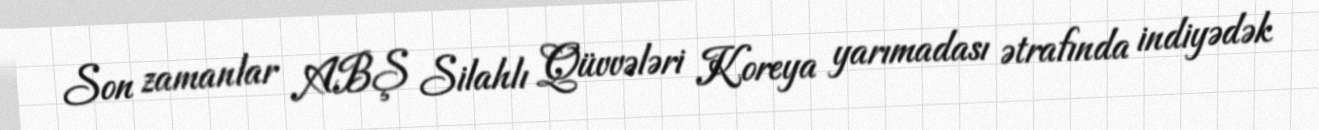
Son zamanlar ABŞ Silahlı Qüvvələri Koreya yarımadası ətrafında indiyədək